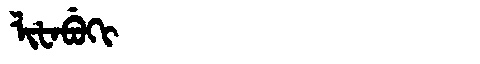
Manchu: ᠯᡳᡶᠠᠪᡠᡴᡳ
Romanization: LIFABUKI